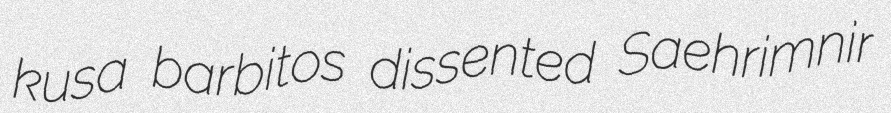
kusa barbitos dissented Saehrimnir